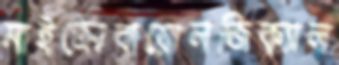
মাইক্রোবায়োলজিক্যাল